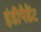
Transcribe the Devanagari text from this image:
इंडीपैडैंट